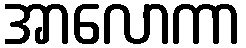
အာလောကာ